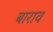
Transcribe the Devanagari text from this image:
बाराव